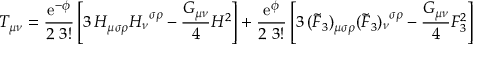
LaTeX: T _ { \mu \nu } = \frac { \mathrm { e } ^ { - \phi } } { 2 \, \, 3 ! } \left[ 3 \, H _ { \mu \sigma \rho } H _ { \nu } ^ { \, \, \, \sigma \rho } - \frac { G _ { \mu \nu } } { 4 } H ^ { 2 } \right] + \frac { \mathrm { e } ^ { \phi } } { 2 \, \, 3 ! } \left[ 3 \, ( \tilde { F } _ { 3 } ) _ { \mu \sigma \rho } ( \tilde { F } _ { 3 } ) _ { \nu } ^ { \, \, \, \sigma \rho } - \frac { G _ { \mu \nu } } { 4 } F _ { 3 } ^ { 2 } \right]